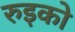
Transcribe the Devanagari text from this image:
रुइको